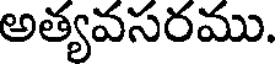
అత్యవసరము.